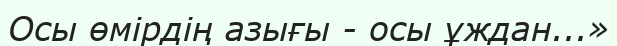
Осы өмірдің азығы - осы ұждан...»